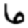
Digit: 6